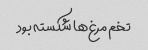
تخم مرغ‌ها شکسته بود